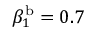
\beta _ { 1 } ^ { \mathrm { b } } = 0 . 7